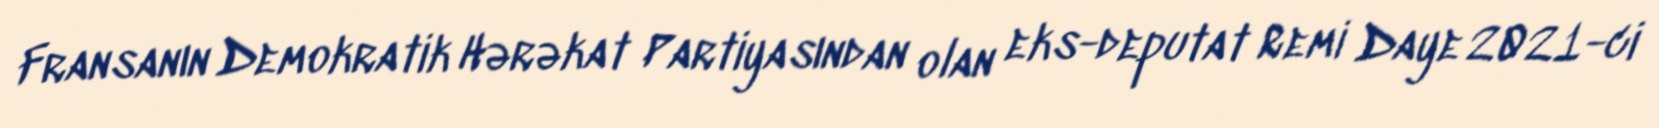
Fransanın Demokratik Hərəkat Partiyasından olan eks-deputat Remi Daye 2021-ci